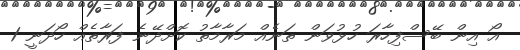
އޯ އިން ބޭސްފިހާރަ ހުޅުވަން ތަނެއް މަރާމާތު ކޮށްދޭނެ ފަރާތެއް ހޯދަނީ 1